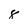
Character: 8